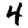
Digit: 4